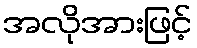
အလိုအားဖြင့်